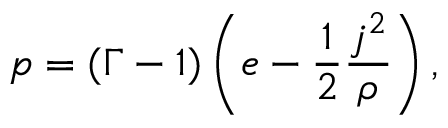
p = ( \Gamma - 1 ) \left( e - \frac { 1 } { 2 } \frac { j ^ { 2 } } { \rho } \right) ,